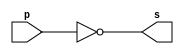
// -------------------------
// Exemplo0002 - NOT 
// Nome: Thaise Souto Martins
// ------------------------- 
 
// ------------------------- 
// -- not gate 
// ------------------------- 
module notgate (output s, 
                             input  p); 
 assign s = ~p; 
endmodule // notgate 
 
// ------------------------- 
// -- test not gate 
// ------------------------- 
module testnotgate; 
// ------------------------- dados locais 
   reg    a;   // definir registrador 
                   // (variavel independente) 
   wire   s;   // definir conexao (fio) 
                   // (variavel dependente  ) 
// ------------------------- instancia 
   notgate NOT1 (s, a); 
// ------------------------- preparacao 
   initial begin:start 
      a=0; 
   end 
 // ------------------------- parte principal 
   initial begin 
      $display("Exemplo0002 - Thaise Souto Martins - 395504"); 
      $display("Test NOT gate"); 
      $display("\n~a = s\n"); 
      a=0; 
  #1  $display("~%b = %b", a, s); 
      a=1; 
  #1  $display("~%b = %b", a, s); 
 end 
 
endmodule // testnotgate 
// Sadas
    // Exemplo0002 - Thaise Souto Martins - 395504
    // Test NOT gate
    // 
    // ~a = s
    // 
    // ~0 = 1
    // ~1 = 0